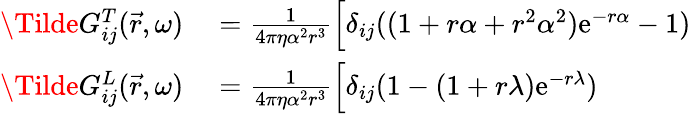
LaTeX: \begin{array}{rl}{\Tilde{G}_{ij}^{T}(\vec{r},\omega)}&{{}=\frac{1}{4\pi\eta\alpha^{2}r^{3}}\Big[\delta_{ij}((1+r\alpha+r^{2}\alpha^{2})\mathrm{e}^{-r\alpha}-1)}\\ {\Tilde{G}_{ij}^{L}(\vec{r},\omega)}&{{}=\frac{1}{4\pi\eta\alpha^{2}r^{3}}\Big[\delta_{ij}(1-(1+r\lambda)\mathrm{e}^{-r\lambda})}\end{array}